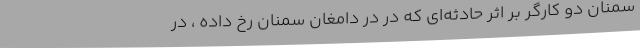
سمنان دو کارگر بر اثر حادثه‌ای که در در دامغان سمنان رخ داده ، در